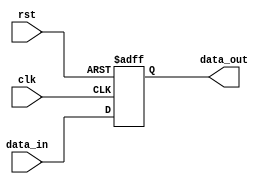
`timescale 1ns / 1ps
//////////////////////////////////////////////////////////////////////////////////
// Company: 
// Engineer: 
// 
// Design Name: 
// Module Name: register
// Project Name: 
// Target Devices: 
// Tool Versions: 
// Description: 
// 
// Dependencies: 
// 
// Revision:
// Revision 0.01 - File Created
// Additional Comments:
// 
//////////////////////////////////////////////////////////////////////////////////


module register (clk, rst, data_in, data_out
    );
    
    parameter WORD_SIZE = 8;
    input clk;
    input rst;
    input [WORD_SIZE-1:0] data_in;
    output reg [WORD_SIZE-1:0] data_out;
    
    always @(posedge rst or posedge clk) begin
        if (rst) begin
            data_out <= {WORD_SIZE{1'b0} };
        end else begin
            data_out <= data_in;
        end
                
    end
    
endmodule